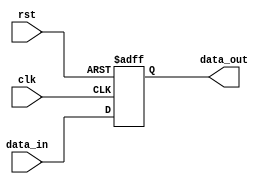
`timescale 1ns / 1ps
//////////////////////////////////////////////////////////////////////////////////
// Company: 
// Engineer: 
// 
// Design Name: 
// Module Name: register
// Project Name: 
// Target Devices: 
// Tool Versions: 
// Description: 
// 
// Dependencies: 
// 
// Revision:
// Revision 0.01 - File Created
// Additional Comments:
// 
//////////////////////////////////////////////////////////////////////////////////


module register (clk, rst, data_in, data_out
    );
    
    parameter WORD_SIZE = 8;
    input clk;
    input rst;
    input [WORD_SIZE-1:0] data_in;
    output reg [WORD_SIZE-1:0] data_out;
    
    always @(posedge rst or posedge clk) begin
        if (rst) begin
            data_out <= {WORD_SIZE{1'b0} };
        end else begin
            data_out <= data_in;
        end
                
    end
    
endmodule